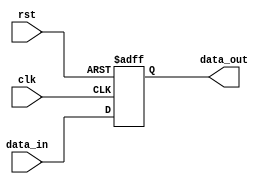
`timescale 1ns / 1ps
//////////////////////////////////////////////////////////////////////////////////
// Company: 
// Engineer: 
// 
// Design Name: 
// Module Name: register
// Project Name: 
// Target Devices: 
// Tool Versions: 
// Description: 
// 
// Dependencies: 
// 
// Revision:
// Revision 0.01 - File Created
// Additional Comments:
// 
//////////////////////////////////////////////////////////////////////////////////


module register (clk, rst, data_in, data_out
    );
    
    parameter WORD_SIZE = 8;
    input clk;
    input rst;
    input [WORD_SIZE-1:0] data_in;
    output reg [WORD_SIZE-1:0] data_out;
    
    always @(posedge rst or posedge clk) begin
        if (rst) begin
            data_out <= {WORD_SIZE{1'b0} };
        end else begin
            data_out <= data_in;
        end
                
    end
    
endmodule